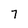
Character: 7